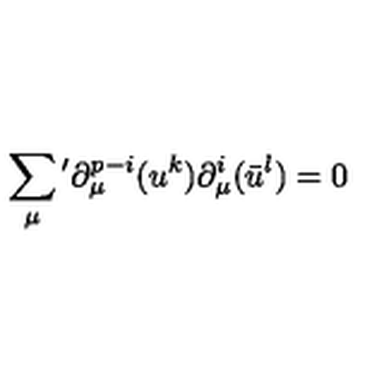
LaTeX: \sum _ { \mu } { } ^ { \prime } \partial _ { \mu } ^ { p - i } ( u ^ { k } ) \partial _ { \mu } ^ { i } ( \bar { u } ^ { l } ) = 0